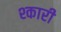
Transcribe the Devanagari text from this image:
श्कारी